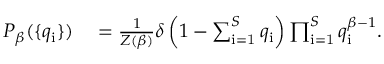
\begin{array} { r l } { P _ { \beta } ( \{ q _ { \mathrm { i } } \} ) } & { { } = \frac { 1 } { Z ( \beta ) } \delta \left( 1 - \sum _ { \mathrm { i = 1 } } ^ { S } q _ { \mathrm { i } } \right) \prod _ { \mathrm { i = 1 } } ^ { S } q _ { \mathrm { i } } ^ { \beta - 1 } . } \end{array}